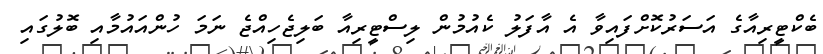
ބެކްޓީރިއާގެ އަސަރުކޮށްފައިވާ އެ އާފަލު ކެއުމުން ލިސްޓީރިއާ ބަލިޖެހިއްޖެ ނަމަ ހުންއައުމާއި ބޮލުގައި